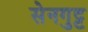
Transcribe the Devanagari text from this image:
सेनगुट्ट